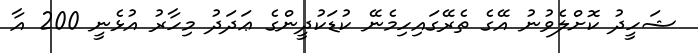
ޝަހީދު ކޮށްލެވުނު އޭގެ ތެރޭގައިހިމެނޭ ކުޑަކުދީންގެ ޢަދަދު މިހާރު އުޅެނީ 200 އާ